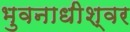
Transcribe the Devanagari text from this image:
भुवनाधीश्वर